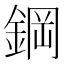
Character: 鋼